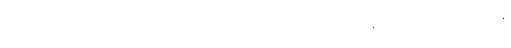
ဆုံလိုက်တဲ့ အချိန်ကလေးမှာ မြင်သိစိတ်ကလေး ပေါ်တဲ့သဘော၊ ခုနက စည်လေးကို လက်နဲ့